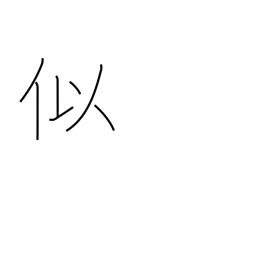
Meaning: counterfeit